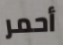
أحمر